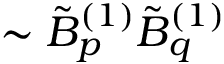
\sim \tilde { B } _ { p } ^ { ( 1 ) } \tilde { B } _ { q } ^ { ( 1 ) }